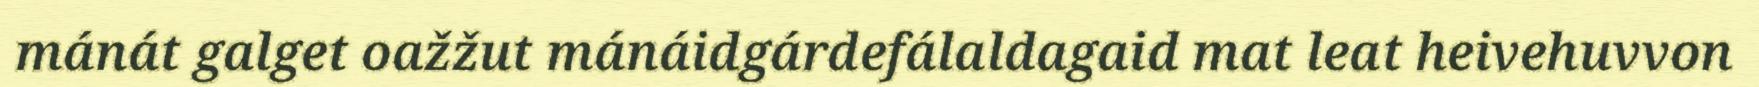
mánát galget oažžut mánáidgárdefálaldagaid mat leat heivehuvvon